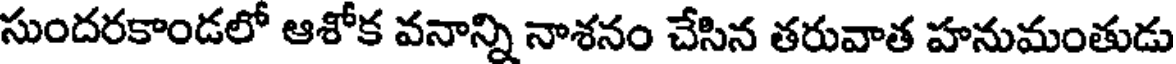
సుందరకాండలో ఆశోక వనాన్ని నాశనం చేసిన తరువాత హనుమంతుడు